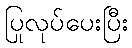
ပြုလုပ်ပေးပြီး